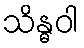
သိန္ဓဝါ